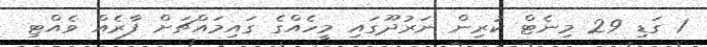
1 ގަޑި 29 މިނެޓް ކުރިން ނަރުދޫގައި މީހެއްގެ ގައިމައްޗަށް ފާރެއް ވެއްޓި